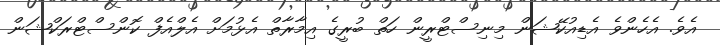
އެވެ. އެހެންވެ އެޑިއުކޭޝަން މިނިސްޓްރީން ހަތް ބުރީގެ އިމާރާތް އެޅުމަށް އެލްއެފް ކޮންސްޓްރަކްޝަން